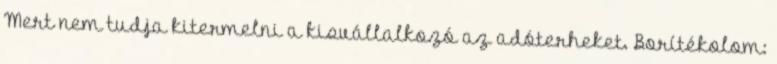
Mert nem tudja kitermelni a kisvállalkozó az adóterheket. Borítékolom: